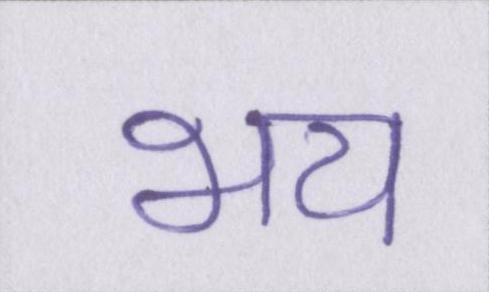
भय